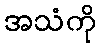
အသံကို